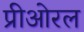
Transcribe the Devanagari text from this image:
प्रीओरल